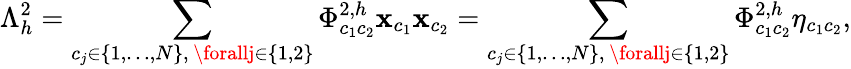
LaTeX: \Lambda_{h}^{2}=\sum_{\substack{c_{j}\in\{ 1,\dots,N\} ,\, \forallj\in\{ 1,2\} }}\Phi_{c_{1}c_{2}}^{2,h}\mathbf{x}_{c_{1}}\mathbf{x}_{c_{2}}=\sum_{\substack{c_{j}\in\{ 1,\dots,N\} ,\, \forallj\in\{ 1,2\} }}\Phi_{c_{1}c_{2}}^{2,h}\eta_{c_{1}c_{2}},